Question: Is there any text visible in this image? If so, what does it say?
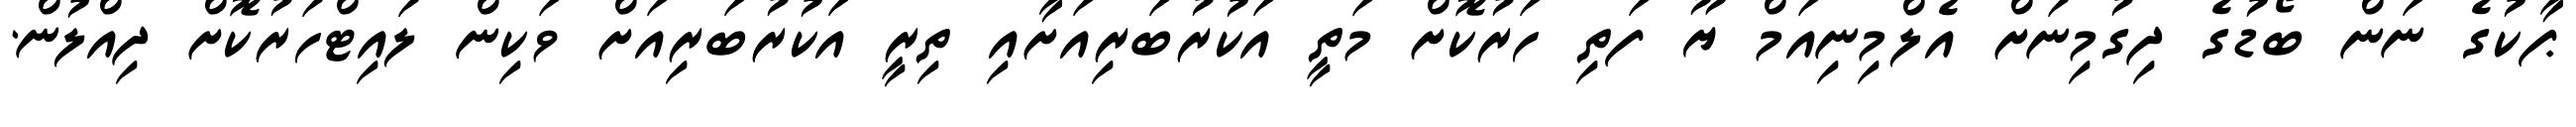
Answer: ޕާކުގެ ނަން ބޯޑުގެ ދިގުމިނަށް އެލްމިނިއަމް ޔޫ ފަތި ހަރުކޮށް މަތީ އަކުރުބަރިއަށާއި ތިރީ އަކުރުބަރިއަށް ވަކިން ލައިޓްހަރުކޮށް ދިއްލުން.